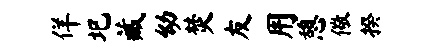
佯圯藏幼焚友用憩儆揆